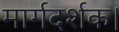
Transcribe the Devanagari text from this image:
मार्गदर्शक।